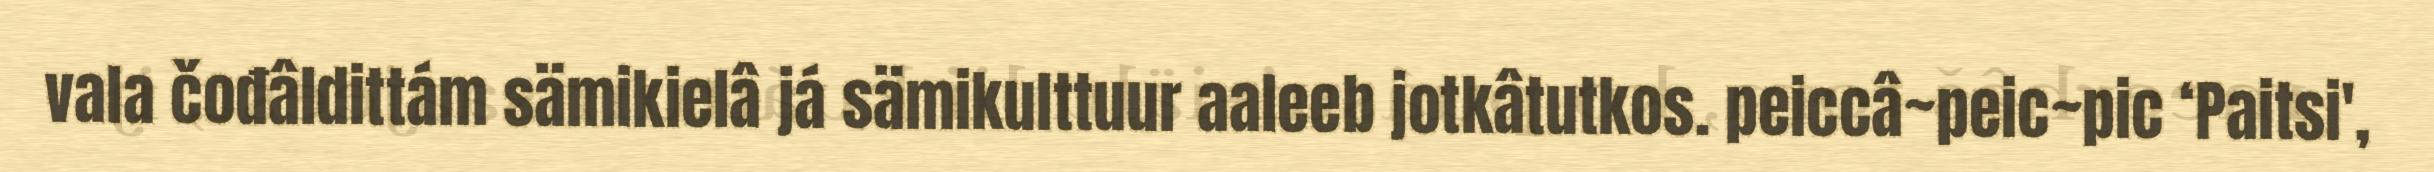
vala čođâldittám sämikielâ já sämikulttuur aaleeb jotkâtutkos. peiccâ~peic~pic ‘Paitsi',